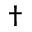
^ \dagger